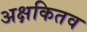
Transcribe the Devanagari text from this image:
अक्षकितव